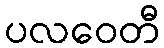
ပလဝေတီ